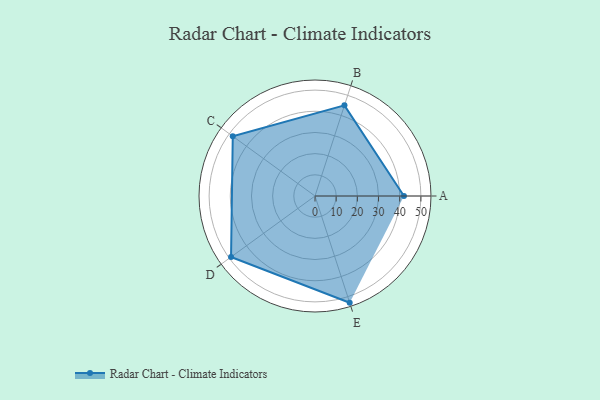
{"axis": {"x": "Skill", "y": "Score"}, "legend": ["Profile"], "data": [{"x": "A", "y": 42.0, "type": "Profile"}, {"x": "B", "y": 45.0, "type": "Profile"}, {"x": "C", "y": 48.0, "type": "Profile"}, {"x": "D", "y": 49.0, "type": "Profile"}, {"x": "E", "y": 53.0, "type": "Profile"}]}